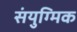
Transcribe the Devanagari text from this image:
संयुग्मिक